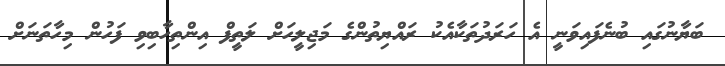
ބަޔާނުގައި ބުނެފައިވަނީ އެ ހަރަދުތަކާއެކު ރައްޔިތުންގެ މަޖިލީހަށް ލަތީފް އިންތިހާބިވި ފަހުން މިހާތަނަށް